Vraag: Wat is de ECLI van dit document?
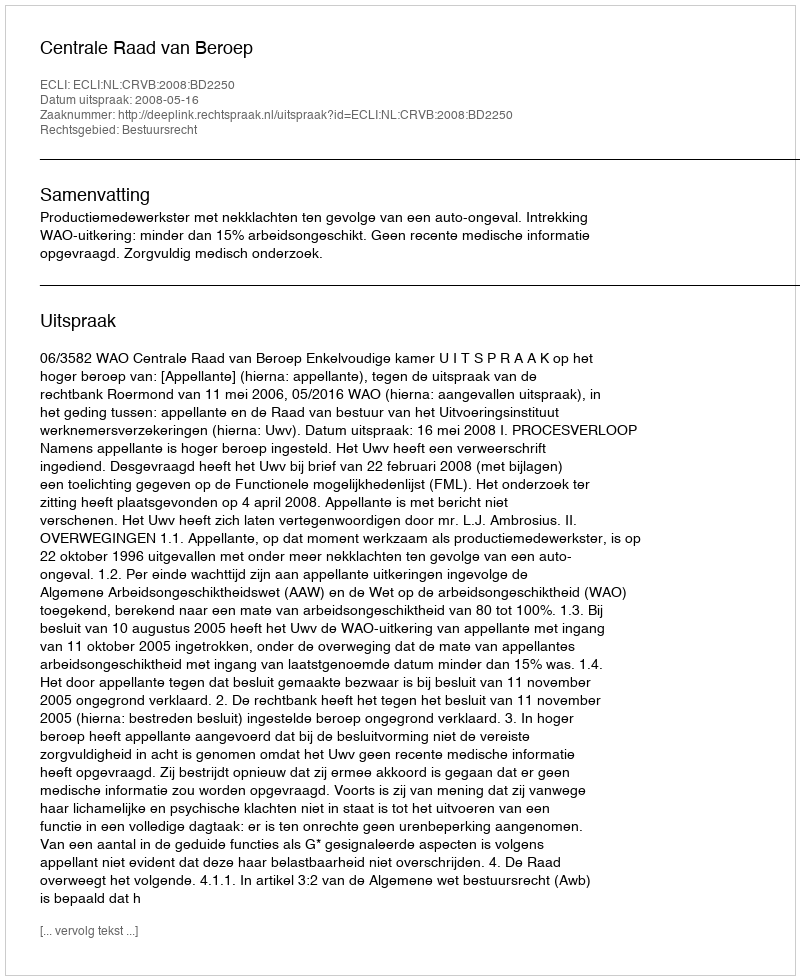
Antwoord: ECLI:NL:CRVB:2008:BD2250